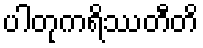
ပါတုကရိဿတီတိ